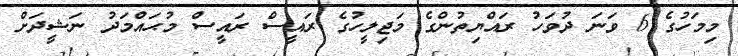
މިމަހުގެ 6 ވަނަ ދުވަހު ރައްޔިތުންގެ މަޖިލީހުގެ ރައީސް ރައީސް މުޙައްމަދު ނަޝީދަށް